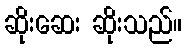
ဆိုးဆေး ဆိုးသည်။